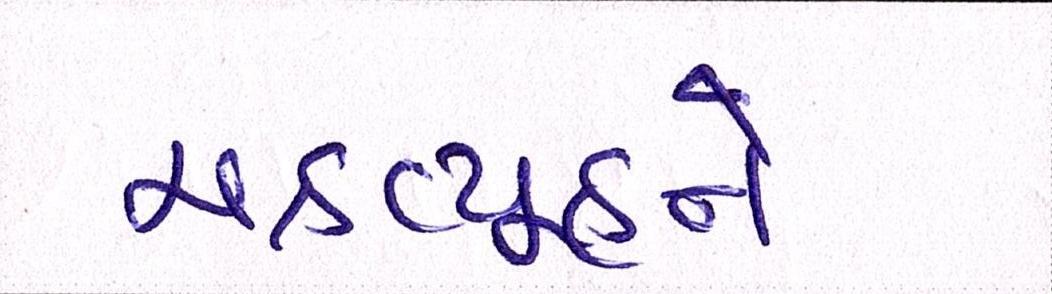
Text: ચક્રવ્યૂહને